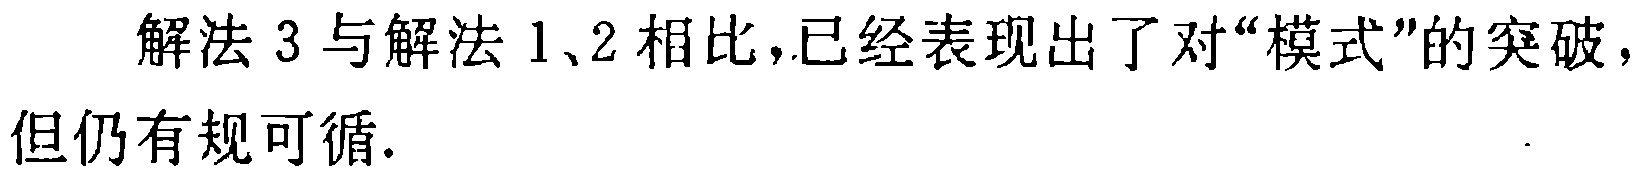
解法 3 与解法 1、2 相比,已经表现出了对“模式”的突破,但仍有规可循.